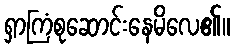
ရှာကြံစုဆောင်းနေမိလေ၏။